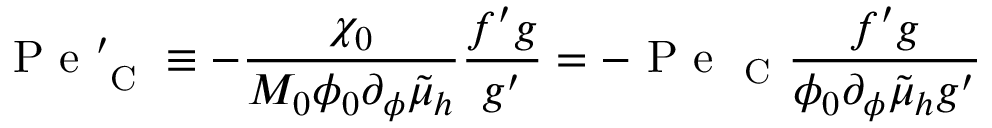
\mathrm { ~ P ~ e ~ } _ { \mathrm { ~ C ~ } } ^ { \prime } \equiv - \frac { \chi _ { 0 } } { M _ { 0 } \phi _ { 0 } \partial _ { \phi } \tilde { \mu } _ { h } } \frac { f ^ { \prime } g } { g ^ { \prime } } = - \mathrm { ~ P ~ e ~ } _ { \mathrm { ~ C ~ } } \frac { f ^ { \prime } g } { \phi _ { 0 } \partial _ { \phi } \tilde { \mu } _ { h } g ^ { \prime } }